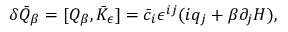
\delta \bar { Q } _ { \beta } = [ Q _ { \beta } , \bar { K } _ { \epsilon } ] = \bar { c } _ { i } \epsilon ^ { i j } ( i q _ { j } + \beta \partial _ { j } H ) ,